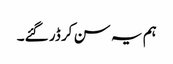
ہم یہ سن کر ڈر گئے۔